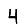
Digit: 4